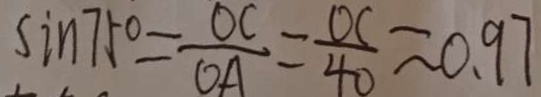
\sin 7 5 ^ { \circ } = \frac { O C } { O A } = \frac { O C } { 4 0 } \approx 0 . 9 7